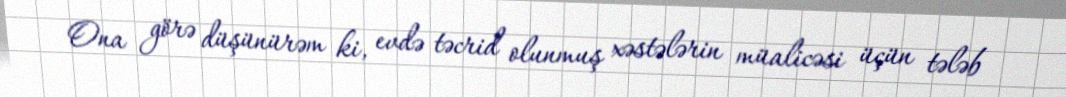
Ona görə düşünürəm ki, evdə təcrid olunmuş xəstələrin müalicəsi üçün tələb